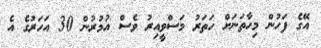
އޭގެ ފަހުން މިހާތަނަށް ހަތަރު މަސްވީއިރު ވެސް އުމުރުން 30 އަހަރުގެ އެ